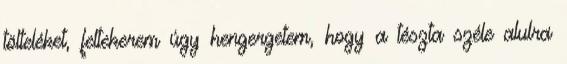
tölteléket, feltekerem úgy hengergetem, hogy a tészta széle alulra